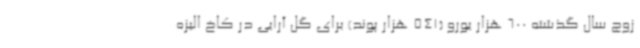
زوج سال گذشته 600 هزار یورو (541 هزار پوند) برای گل آرایی در کاخ الیزه